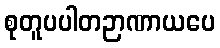
စုတူပပါတဉာဏာယပေ